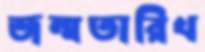
জন্মতারিখ